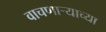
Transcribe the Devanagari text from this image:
वाचणाऱ्याच्या